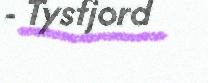
- Tysfjord